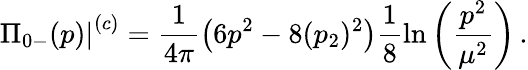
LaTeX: \displaystyle{\left.\Pi_{0-}(p)\right|^{(c)}=\frac{1}{4\pi}\left(6p^{2}-8(p_{2})^{2}\right)\frac{1}{8}\mathrm{ln}\left(\frac{p^{2}}{\mu^{2}}\right)\, .}